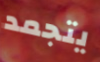
يتجمد